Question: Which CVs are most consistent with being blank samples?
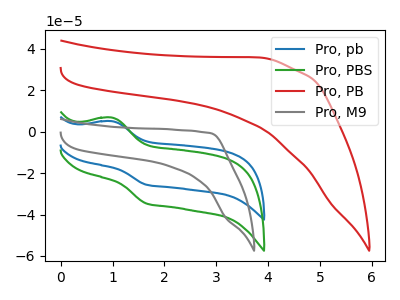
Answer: <think>The blue curve "Pro, pb" has an anodic peak at (1.00V, 5.00uA) and a cathodic peak at (1.65V, -25.60uA). The green curve "Pro, PBS" has an anodic peak at (1.00V, 6.75uA) and a cathodic peak at (1.65V, -34.65uA). The red curve "Pro, PB" has no peaks. The gray curve "Pro, M9" has no peaks.</think>
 <answer>"Pro, PB" and "Pro, M9" are likely to be blanks.</answer>
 <eval>"Pro, PB", "Pro, M9"</eval>